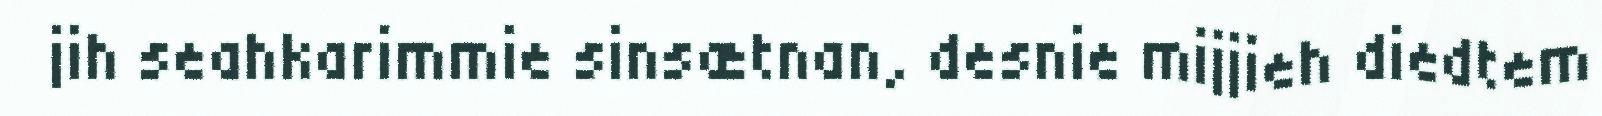
jih seahkarimmie sinsætnan, desnie mijjieh diedtem